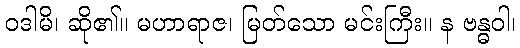
ဝဒါမိ၊ ဆို၏။ မဟာရာဇ၊ မြတ်သော မင်းကြီး။ န ဗန္ဓဝါ၊